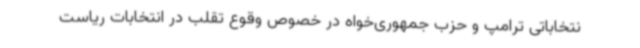
نتخاباتی ترامپ و حزب جمهوری‌خواه در خصوص وقوع تقلب در انتخابات ریاست